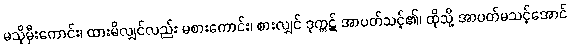
မသိုမှီးကောင်း၊ ထားမိလျှင်လည်း မစားကောင်း၊ စားလျှင် ဒုက္ကဋ် အာပတ်သင့်၏၊ ထိုသို့ အာပတ်မသင့်အောင်